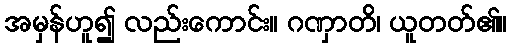
အမှန်ဟူ၍ လည်းကောင်း။ ဂဏှာတိ၊ ယူတတ်၏။